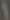
1